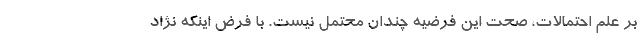
بر علم احتمالات، صحت این فرضیه چندان محتمل نیست. با فرض اینکه نژاد